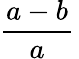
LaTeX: {\frac{a-b}{a}}\,